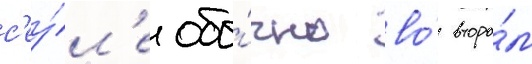
с'еу́л'е обы́чно во́ второ́м